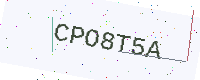
Text: CPO8T5A